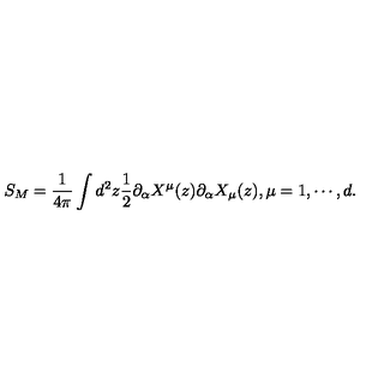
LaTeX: S _ { M } = \frac { 1 } { 4 \pi } \int d ^ { 2 } z \frac { 1 } { 2 } \partial _ { \alpha } X ^ { \mu } ( z ) \partial _ { \alpha } X _ { \mu } ( z ) , \mu = 1 , \cdots , d .